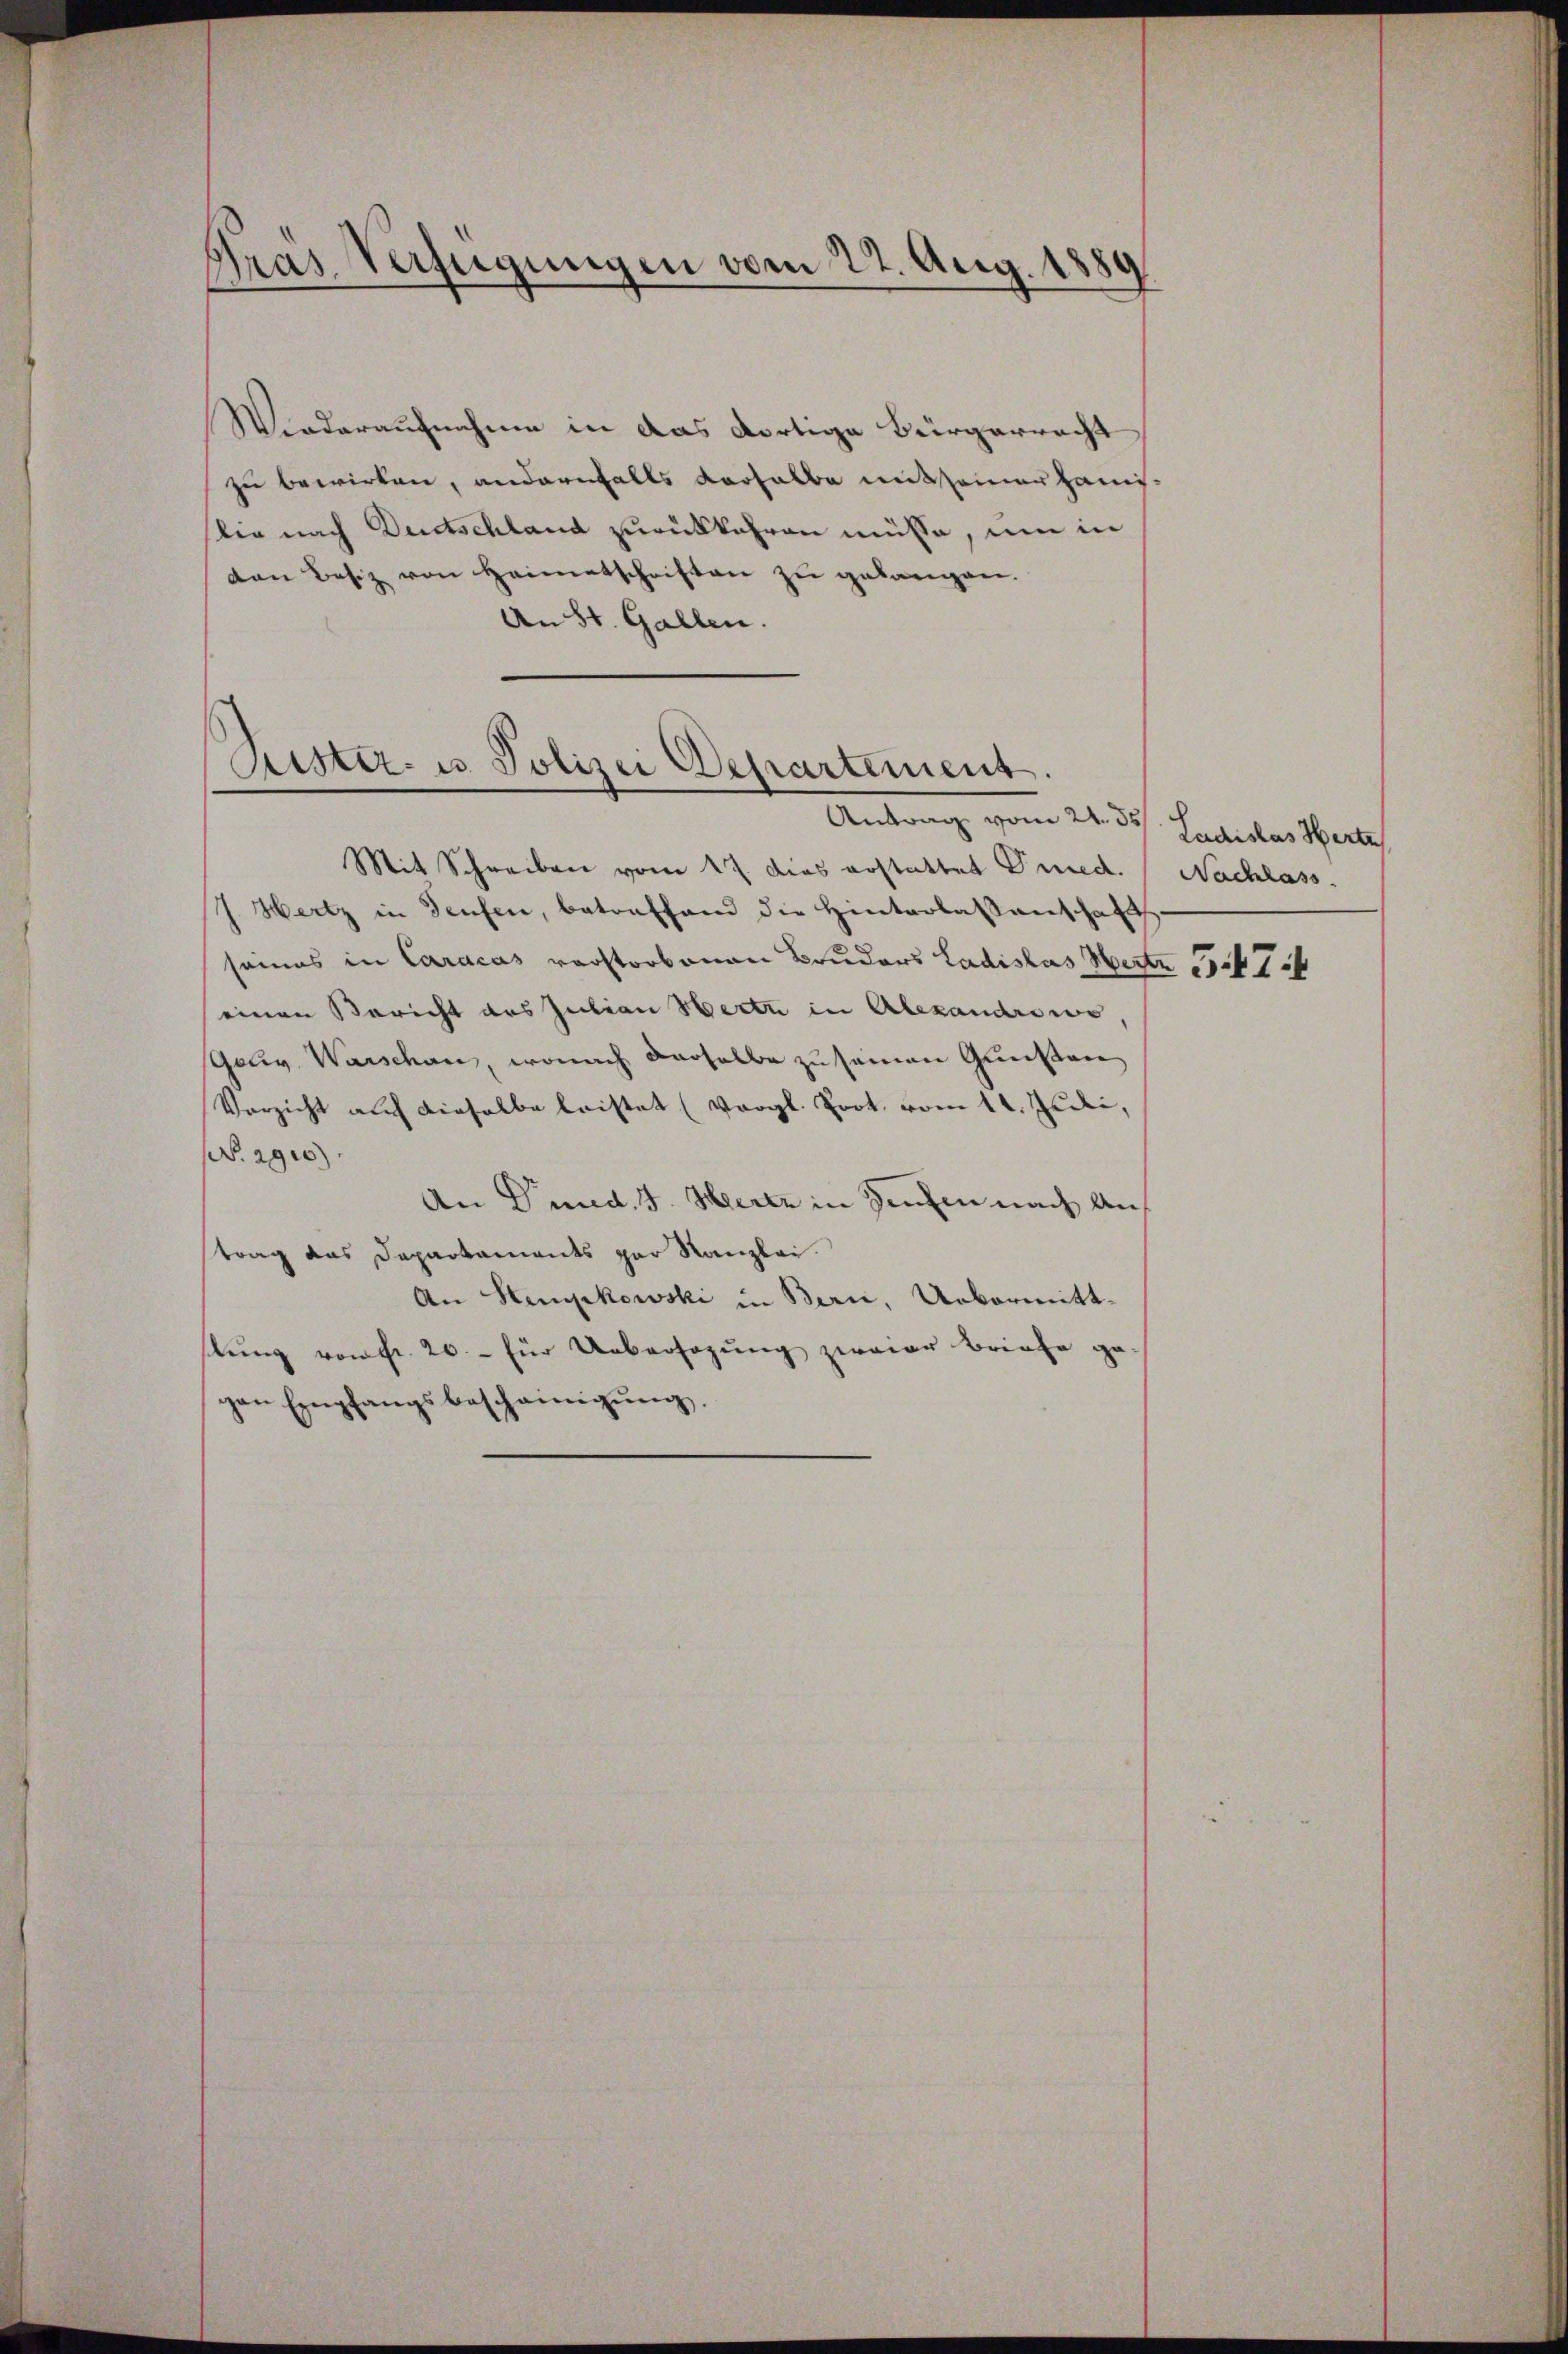
Pras Verfügungen vom 22. Aug. 1889.

Wiederaufnahme in das dortige Bürgerracht
zu bewirken, andernfalls verhalbe mit seiner Hans-
lie nach Deutschland zurückkehren müsse, um in
den Besiz von Heimatschriften zu gelangen.
An St. Gallen.

Kister- u. Polizei Departement.
Antrag vom 24. ds

Mit Schreiben vom 17. dies erstattet Gned. Nachlass.
J. Hertz in Teufen, betreffend die Hinterlassenschaft
seines in Caracas verstorbenen Bruders Ladislas Werte 17
einen Bericht das Julian Herte in Alexandrewe,
Gouv. Warschen, wonach derselbe zu samen Gunsten
Verzicht auch dieselbe leistet (Vergl. Prot. vom 14. Junii,
N agio
An Pund. J. Hertz in Senten nach Antrag das Departaments par Kanzlei.
An Stempkowski in Bern, Uebermittstung vom fr. 20.- für Uebersagung zweier Briefe ge
gen Empfangsbescheinigŭng,

Ladislas Herte